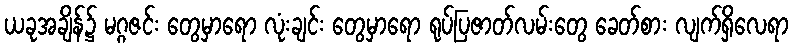
ယခုအချိန်၌ မဂ္ဂဇင်း တွေမှာရော လုံးချင်း တွေမှာရော ရုပ်ပြဇာတ်လမ်းတွေ ခေတ်စား လျက်ရှိလေရာ